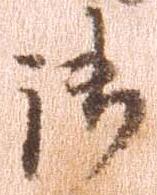
御